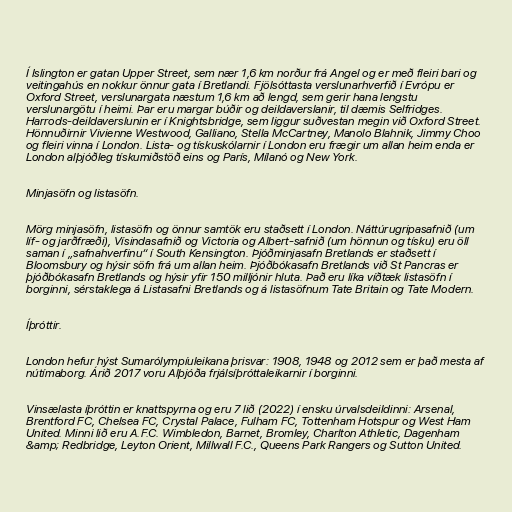
Í Islington er gatan Upper Street, sem nær 1,6 km norður frá Angel og er með fleiri bari og
veitingahús en nokkur önnur gata í Bretlandi. Fjölsóttasta verslunarhverfið í Evrópu er
Oxford Street, verslunargata næstum 1,6 km að lengd, sem gerir hana lengstu
verslunargötu í heimi. Þar eru margar búðir og deildaverslanir, til dæmis Selfridges.
Harrods-deildaverslunin er í Knightsbridge, sem liggur suðvestan megin við Oxford Street.
Hönnuðirnir Vivienne Westwood, Galliano, Stella McCartney, Manolo Blahnik, Jimmy Choo
og fleiri vinna í London. Lista- og tískuskólarnir í London eru frægir um allan heim enda er
London alþjóðleg tískumiðstöð eins og París, Mílanó og New York.

Minjasöfn og listasöfn.

Mörg minjasöfn, listasöfn og önnur samtök eru staðsett í London. Náttúrugripasafnið (um
líf- og jarðfræði), Vísindasafnið og Victoria og Albert-safnið (um hönnun og tísku) eru öll
saman í „safnahverfinu“ í South Kensington. Þjóðminjasafn Bretlands er staðsett í
Bloomsbury og hýsir söfn frá um allan heim. Þjóðbókasafn Bretlands við St Pancras er
þjóðbókasafn Bretlands og hýsir yfir 150 milljónir hluta. Það eru líka víðtæk listasöfn í
borginni, sérstaklega á Listasafni Bretlands og á listasöfnum Tate Britain og Tate Modern.

Íþróttir.

London hefur hýst Sumarólympíuleikana þrisvar: 1908, 1948 og 2012 sem er það mesta af
nútímaborg. Árið 2017 voru Alþjóða frjálsíþróttaleikarnir í borginni.

Vinsælasta íþróttin er knattspyrna og eru 7 lið (2022) í ensku úrvalsdeildinni: Arsenal,
Brentford FC, Chelsea FC, Crystal Palace, Fulham FC, Tottenham Hotspur og West Ham
United. Minni lið eru A.F.C. Wimbledon, Barnet, Bromley, Charlton Athletic, Dagenham
&amp; Redbridge, Leyton Orient, Millwall F.C., Queens Park Rangers og Sutton United.